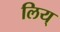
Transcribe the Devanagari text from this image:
लिय्